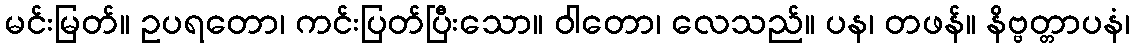
မင်းမြတ်။ ဥပရတော၊ ကင်းပြတ်ပြီးသော။ ဝါတော၊ လေသည်။ ပန၊ တဖန်။ နိဗ္ဗတ္တာပနံ၊